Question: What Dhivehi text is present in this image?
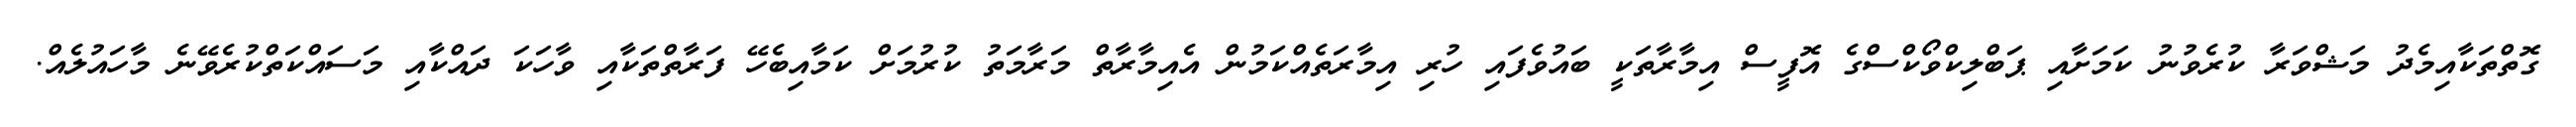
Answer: ގޮތްތަކާއިމެދު މަޝްވަރާ ކުރެވުނު ކަމަށާއި ޕަބްލިކްވޯކްސްގެ އޮފީސް އިމާރާތަކީ ބައުވެފައި ހުރި އިމާރަތެއްކަމުން އެއިމާރާތް މަރާމަތު ކުރުމަށް ކަމާއިބެހޭ ފަރާތްތަކާއި ވާހަކަ ދައްކާއި މަސައްކަތްކުރެވޭނެ މާހައުލެއް.